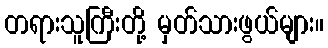
တရားသူကြီးတို့ မှတ်သားဖွယ်များ။